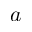
\boldsymbol a